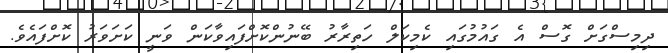
ދިމިސްގަށް ގޮސް އެ ގައުމުގައި ކެމިކަލް ހަތިރާރު ބޭނުންކޮށްފައިވާކަން ވަނީ ކަށަވަރު ކޮށްފައެވެ.